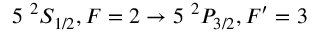
5 ~ ^ { 2 } S _ { 1 / 2 } , F = 2 \rightarrow 5 ~ ^ { 2 } P _ { 3 / 2 } , F ^ { \prime } = 3